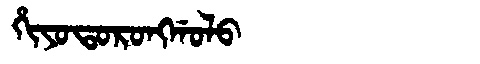
Manchu: ᡥᡳᠶᠣᡨᠣᡵᠣᠩᡤᠣᠯᠣ
Romanization: HIYOTORONGGOLO